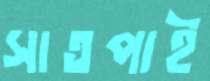
সাতপাই